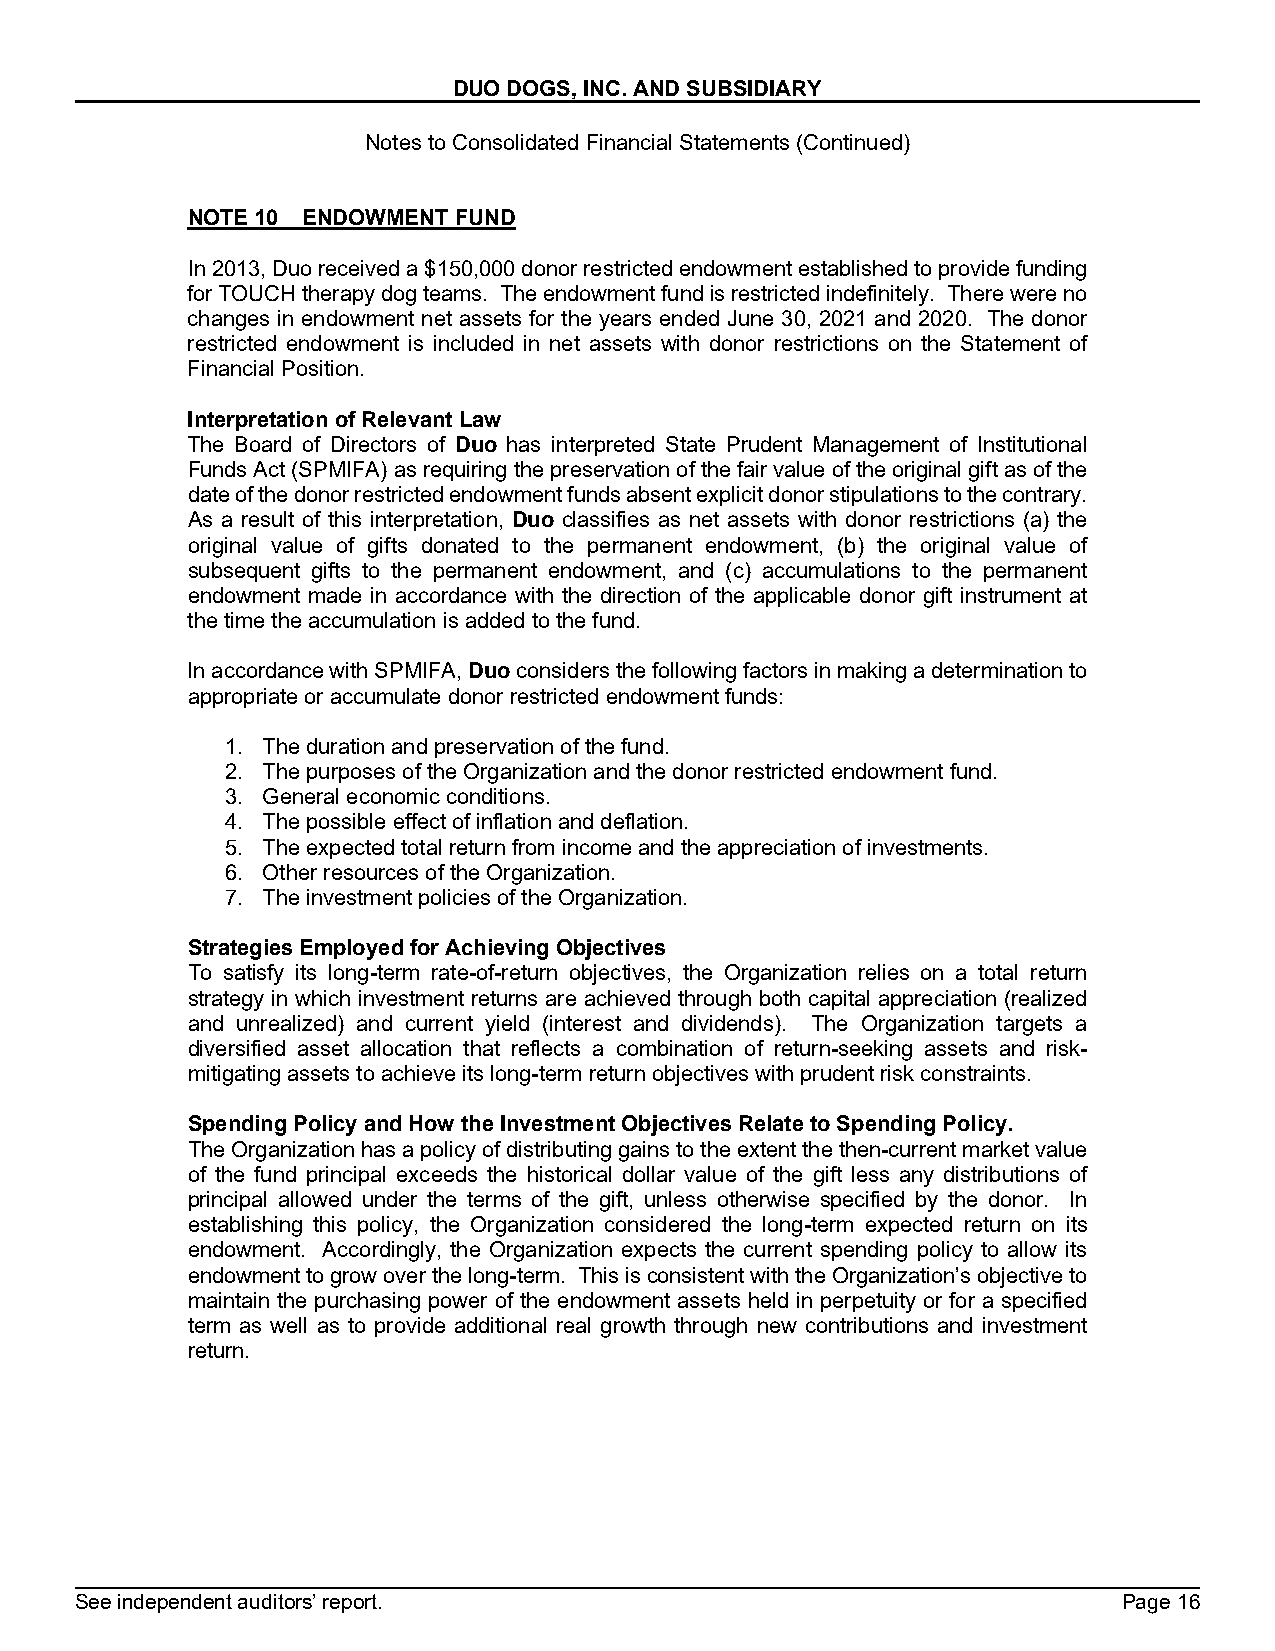
DUO DOGS, INC. AND SUBSIDIARY
 Notes to Consolidated Financial Statements (Continued)
 NOTE 10 ENDOWMENT FUND
 In 2013, Duo received a $150,000 donor restricted endowment established to provide funding
 for TOUCH therapy dog teams. The endowment fund is restricted indefinitely. There were no
 changes in endowment net assets for the years ended June 30, 2021 and 2020. The donor
 restricted endowment is included in net assets with donor restrictions on the Statement of
 Financial Position.
 Interpretation of Relevant Law
 The Board of Directors of Duo has interpreted State Prudent Management of Institutional
 Funds Act (SPMIFA) as requiring the preservation of the fair value of the original gift as of the
 date of the donor restricted endowment funds absent explicit donor stipulations to the contrary.
 As a result of this interpretation, Duo classifies as net assets with donor restrictions (a) the
 original value of gifts donated to the permanent endowment, (b) the original value of
 subsequent gifts to the permanent endowment, and (c) accumulations to the permanent
 endowment made in accordance with the direction of the applicable donor gift instrument at
 the time the accumulation is added to the fund.
 In accordance with SPMIFA, Duo considers the following factors in making a determination to
 appropriate or accumulate donor restricted endowment funds:
 1. The duration and preservation of the fund.
 2. The purposes of the Organization and the donor restricted endowment fund.
 3. General economic conditions.
 4. The possible effect of inflation and deflation.
 5. The expected total return from income and the appreciation of investments.
 6. Other resources of the Organization.
 7. The investment policies of the Organization.
 Strategies Employed for Achieving Objectives
 To satisfy its long-term rate-of-return objectives, the Organization relies on a total return
 strategy in which investment returns are achieved through both capital appreciation (realized
 and unrealized) and current yield (interest and dividends). The Organization targets a
 diversified asset allocation that reflects a combination of return-seeking assets and risk-
 mitigating assets to achieve its long-term return objectives with prudent risk constraints.
 Spending Policy and How the Investment Objectives Relate to Spending Policy.
 The Organization has a policy of distributing gains to the extent the then-current market value
 of the fund principal exceeds the historical dollar value of the gift less any distributions of
 principal allowed under the terms of the gift, unless otherwise specified by the donor. In
 establishing this policy, the Organization considered the long-term expected return on its
 endowment. Accordingly, the Organization expects the current spending policy to allow its
 endowment to grow over the long-term. This is consistent with the Organization’s objective to
 maintain the purchasing power of the endowment assets held in perpetuity or for a specified
 term as well as to provide additional real growth through new contributions and investment
 return.
 See independent auditors’ report.                                    Page 16